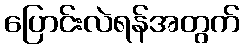
ပြောင်းလဲရန်အတွက်